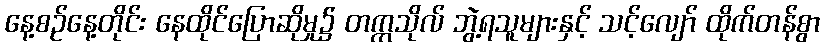
နေ့စဉ်နေ့တိုင်း နေထိုင်ပြောဆိုမှု၌ တက္ကသိုလ် ဘွဲ့ရသူများနှင့် သင့်လျော် ထိုက်တန်စွာ